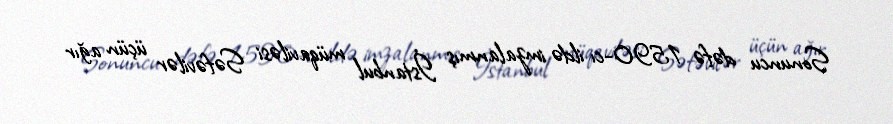
Sonuncu dəfə 1590-cı ildə imzalanmış İstanbul müqaviləsi Səfəvilər üçün ağır